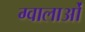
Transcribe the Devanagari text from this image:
ग्वालाओं